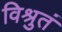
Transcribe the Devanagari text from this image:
विश्रुतं